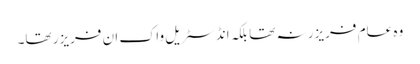
وہ عام فریزر نہ تھا بلکہ انڈسٹریل واک ان فریزر تھا۔